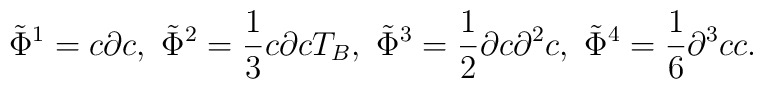
\tilde{\Phi}^1=c\partial c,~\tilde{\Phi}^2=\frac{1}{3}c\partial cT_B,~\tilde{\Phi}^3=\frac12\partial c\partial^2c,~\tilde{\Phi}^4=\frac16\partial^3cc.